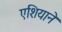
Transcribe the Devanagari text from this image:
एशियाने